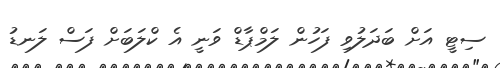
ސިޓީ އަށް ބަަދަލުވި ފަހުން ލަމްޕާޑް ވަނީ އެ ކްލަބަށް ފަސް ލަނޑު